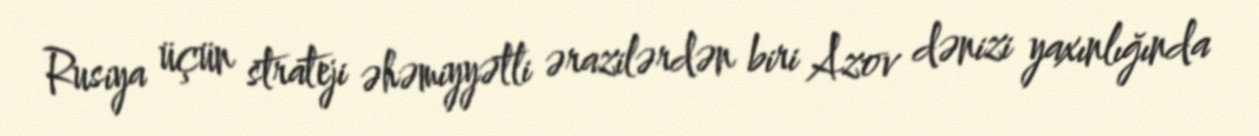
Rusiya üçün strateji əhəmiyyətli ərazilərdən biri Azov dənizi yaxınlığında